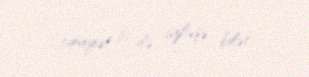
cinayət işi ilə üzləşə bilər.